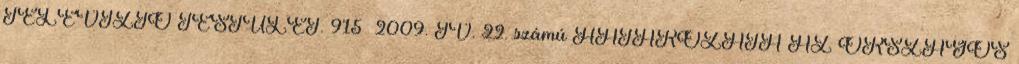
TELEVÍZIÓ TESTÜLET. 915 2009. IV. 22. számú HATÁROZATA AZ ORSZÁGOS